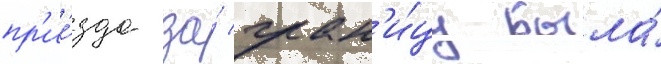
пр'ие́зда за́ гран'и́цу была́